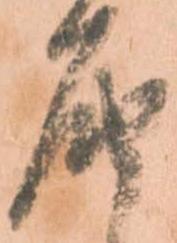
届